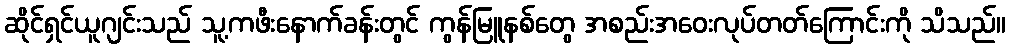
ဆိုင်ရှင်ယူဂျင်းသည် သူ့ကဖီးနောက်ခန်းတွင် ကွန်မြူနစ်တွေ အစည်းအဝေးလုပ်တတ်ကြောင်းကို သိသည်။